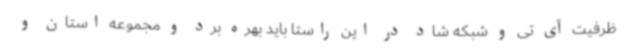
ظرفیت آی تی و شبکه شاد در این راستا باید بهره برد و مجموعه استان و